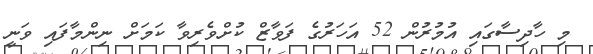
މި ހާދިސާގައި އުމުރުން 52 އަަހަރުގެ ފަވާޒް ކުށްވެރިވާ ކަމަށް ނިންމާފައި ވަނީ